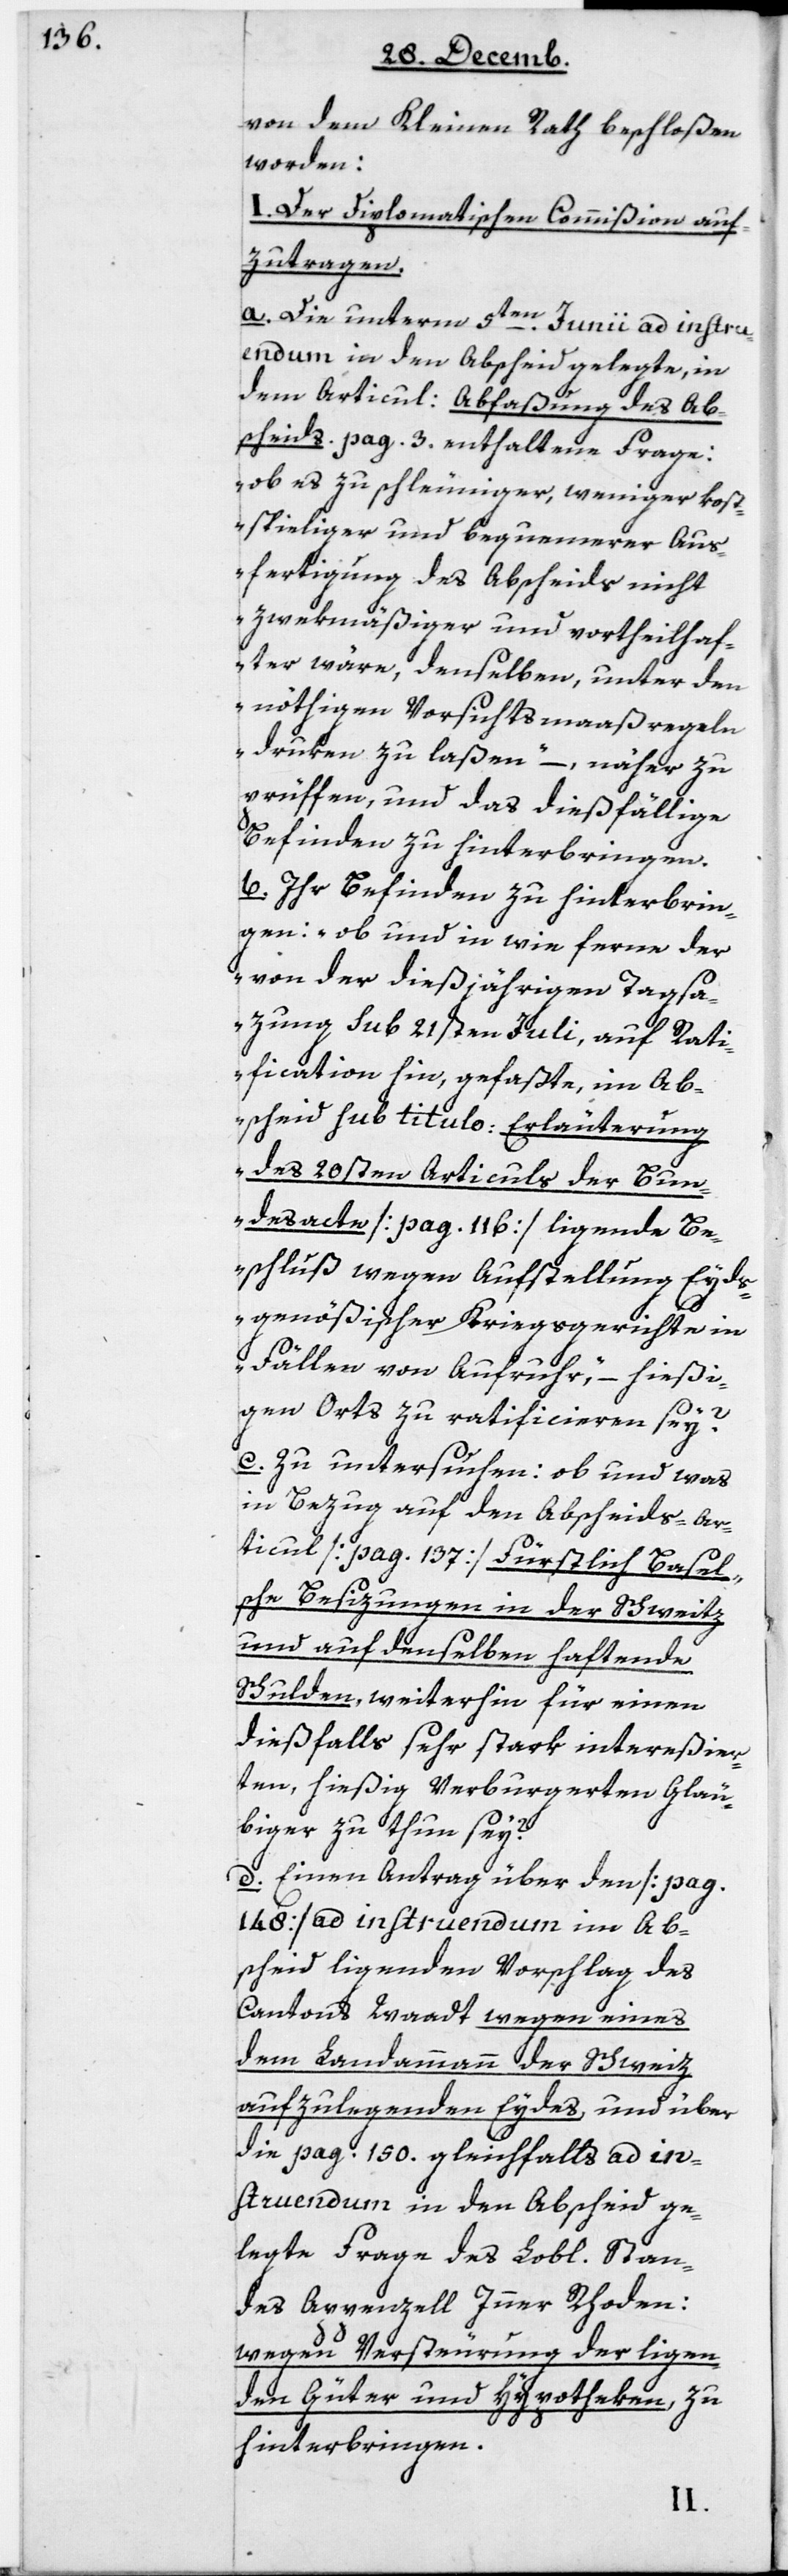
von dem Kleinen Rath beschloßen
worden:
I. Der diplomatischen Commißion auf¬
zutragen.
a. Die unterm 5ten Junii ad instruen¬
dum in den Abscheid gelegte, in
dem Articul: Abfaßung des Ab¬
scheids pag. 3 enthaltene Frage:
„ob es zu schleuniger, weniger kost¬
spieliger und bequemerer Aus¬
fertigung des Abscheids nicht
zwekmäßiger und vortheilhaf¬
ter wäre, denselben, unter den
nöthigen Vorsichtsmaaßregeln
druken zu laßen“, – näher zu
prüfen und das dießfällige
Befinden zu hinterbringen.
b. Ihr Befinden zu hinterbrin¬
gen: „ob und in wie ferne der
von der diesjährigen Tagsa¬
zung Sub 21sten Juli, auf Rati¬
fication hin, gefaßte, im Ab¬
scheid Sub titulo: Erläuterung
des 20sten Articuls der Bun¬
desacte (pag. 116) liegende Be¬
schluß wegen Aufstellung Eyds¬
genößischer Kriegsgerichte in
Fällen von Aufruhr“, – hießi¬
gen Orts zu ratificieren sey?
c. Zu untersuchen: ob und was
in Bezug auf den Abscheids-Ar¬
ticul (pag. 137) Fürstlich Basel¬
sche Besizungen in der Schweitz
und auf denselben haftende
Schulden, weiterhin für einen
dießfalls sehr stark intereßier¬
ten, hießig verburgerten Gläu¬
biger zu thun sey?
d. Einen Antrag über den (pag.
148) ad instruendum im Ab¬
scheid liegenden Vorschlag des
Cantons Waadt wegen eines
dem Landammann der Schweiz
aufzulegenden Eydes und über
die pag. 150 gleichfalls ad in¬
struendum in den Abscheid ge¬
legte Frage des Lobl. Stan¬
des Appenzell Inner Rhoden:
wegen Versteurung der ligen¬
den Güter und Hypotheken, zu
hinterbringen.